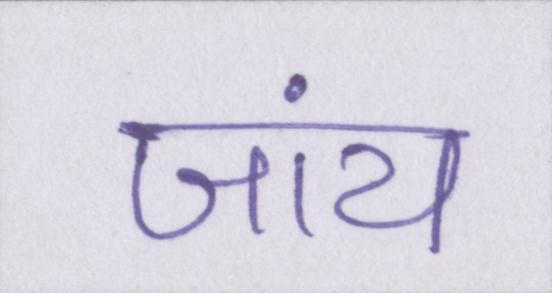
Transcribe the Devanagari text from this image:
जांय